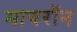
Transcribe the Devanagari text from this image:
मायरॉन